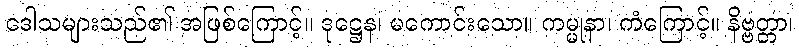
ဒေါသများသည်၏ အဖြစ်ကြောင့်။ ဒုဋ္ဌေန၊ မကောင်းသော။ ကမ္မုနာ၊ ကံကြောင့်။ နိဗ္ဗတ္တာ၊